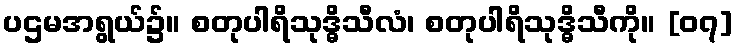
ပဌမအရွယ်၌။ စတုပါရိသုဒ္ဓိသီလံ၊ စတုပါရိသုဒ္ဓိသီကို။ [၀၇]